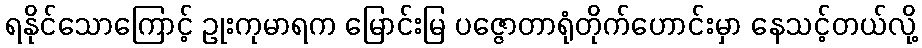
ရနိုင်သောကြောင့် ဥုးကုမာရက မြောင်းမြ ပဇ္ဇောတာရုံတိုက်ဟောင်းမှာ နေသင့်တယ်လို့